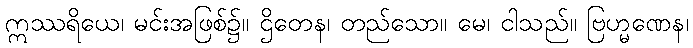
ဣဿရိယေ၊ မင်းအဖြစ်၌။ ဌိတေန၊ တည်သော။ မေ၊ ငါသည်။ ဗြဟ္မဏေန၊